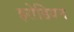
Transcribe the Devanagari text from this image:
इरोडियन